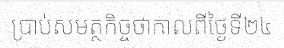
ប្រាប់សមត្ថកិច្ចថាកាលពីថ្ងៃទី២៤